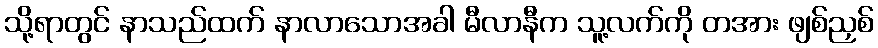
သို့ရာတွင် နာသည်ထက် နာလာသောအခါ မီလာနီက သူ့လက်ကို တအား ဖျစ်ညှစ်